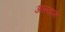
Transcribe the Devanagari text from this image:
अल्याने